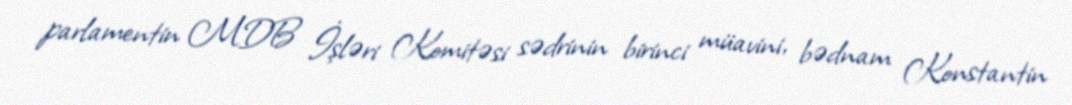
parlamentin MDB İşləri Komitəsi sədrinin birinci müavini, bədnam Konstantin